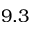
9 . 3